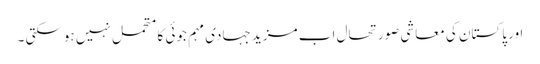
اور پاکستان کی معاشی صورتحال اب مزید جہادی مہم جوئی کا متحمل نہیں ہوسکتی ۔